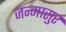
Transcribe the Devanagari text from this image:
जन्मासुर